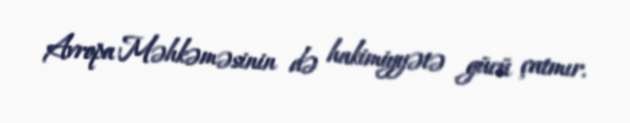
Avropa Məhkəməsinin də hakimiyyətə gücü çatmır.